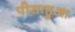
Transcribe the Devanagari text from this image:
पीसाहुआ